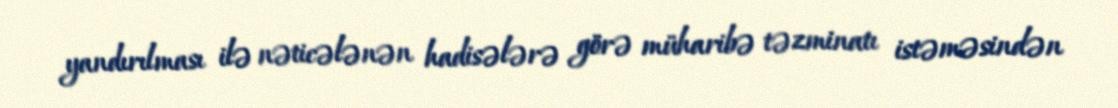
yandırılması ilə nəticələnən hadisələrə görə müharibə təzminatı istəməsindən